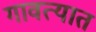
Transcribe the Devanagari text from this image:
गावत्यात